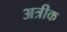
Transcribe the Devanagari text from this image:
अत्रीक